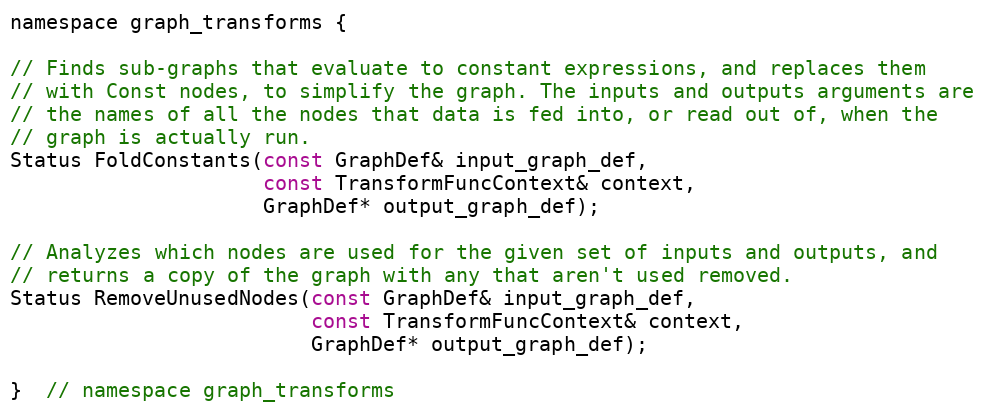
Language: C
namespace graph_transforms {

// Finds sub-graphs that evaluate to constant expressions, and replaces them
// with Const nodes, to simplify the graph. The inputs and outputs arguments are
// the names of all the nodes that data is fed into, or read out of, when the
// graph is actually run.
Status FoldConstants(const GraphDef& input_graph_def,
                     const TransformFuncContext& context,
                     GraphDef* output_graph_def);

// Analyzes which nodes are used for the given set of inputs and outputs, and
// returns a copy of the graph with any that aren't used removed.
Status RemoveUnusedNodes(const GraphDef& input_graph_def,
                         const TransformFuncContext& context,
                         GraphDef* output_graph_def);

}  // namespace graph_transforms